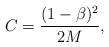
LaTeX: \begin{align*}C = \frac{(1-\beta)^2}{2M},\end{align*}